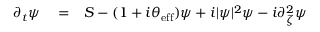
\begin{array} { r l r } { \partial _ { t } \psi } & { { } = } & { S - ( 1 + i \theta _ { \mathrm { e f f } } ) \psi + i | \psi | ^ { 2 } \psi - i \partial _ { \zeta } ^ { 2 } \psi } \end{array}